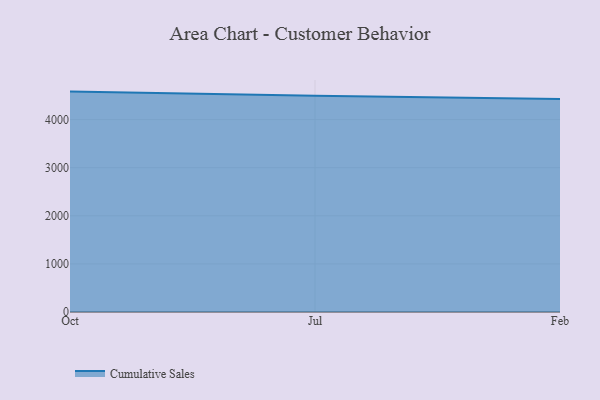
{"axis": {"x": "Month", "y": "Website Visitors"}, "legend": ["Cumulative Sales"], "data": [{"x": "Oct", "y": 4582.1, "type": "Cumulative Sales"}, {"x": "Jul", "y": 4497.2, "type": "Cumulative Sales"}, {"x": "Feb", "y": 4430.0, "type": "Cumulative Sales"}]}